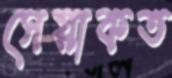
সেয়াকত